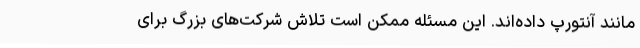
مانند آنتورپ داده‌اند. این مسئله ممکن است تلاش شرکت‌های بزرگ برای